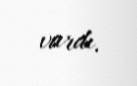
vardı.